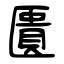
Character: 匱